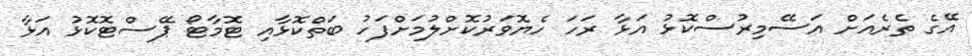
އޭގެ ތެރެއަށް އަސޭމިރުސްކޮޅު އަޅާ ރަހަ ހެޔޮވަރުކޮށްލުމަށްފަހު ބަތްކޮޅާއި ޓޮމާޓޯ ޕޭސްޓޮކޮޅު އަޅާ